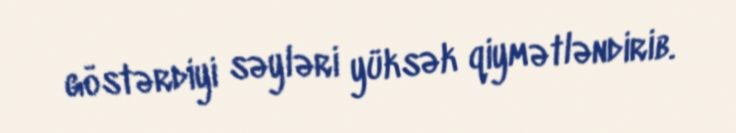
göstərdiyi səyləri yüksək qiymətləndirib.